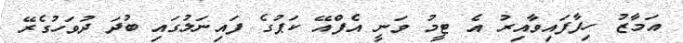
އަމާޒު ހިފާފައިވާއިރު އެ ޓީމު ވަނީ އެފްއޭ ކަޕުގެ ފައިނަލުގައި ބުދަ ދުވަހުގެރޭ